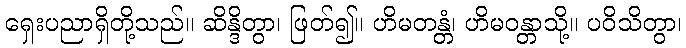
ရှေးပညာရှိတို့သည်။ ဆိန္ဒိတွာ၊ ဖြတ်၍။ ဟိမတန္တံ၊ ဟိမဝန္တာသို့။ ပဝိသိတွာ၊